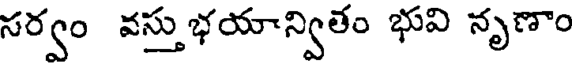
సర్వం వస్తుభయాన్వితం భువి నృణాం